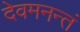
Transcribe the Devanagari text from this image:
देवमनन्तं